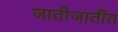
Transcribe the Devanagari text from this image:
जातीजातींत